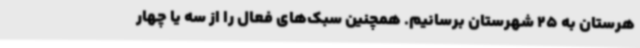
هرستان به 25 شهرستان برسانیم. همچنین سبک‌های فعال را از سه یا چهار